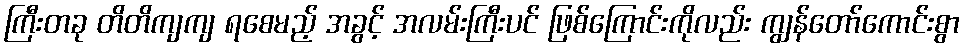
ကြီးတခု တိတိကျကျ ရစေမည့် အခွင့် အလမ်းကြီးပင် ဖြစ်ကြောင်းကိုလည်း ကျွန်တော်ကောင်းစွာ